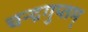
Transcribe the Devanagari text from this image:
चन्द्रगुप्तम्